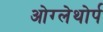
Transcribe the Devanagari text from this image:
ओग्लेथोर्प